Vaccination Hyderabad 1890-1903 - 1890-1903
Year: 1890
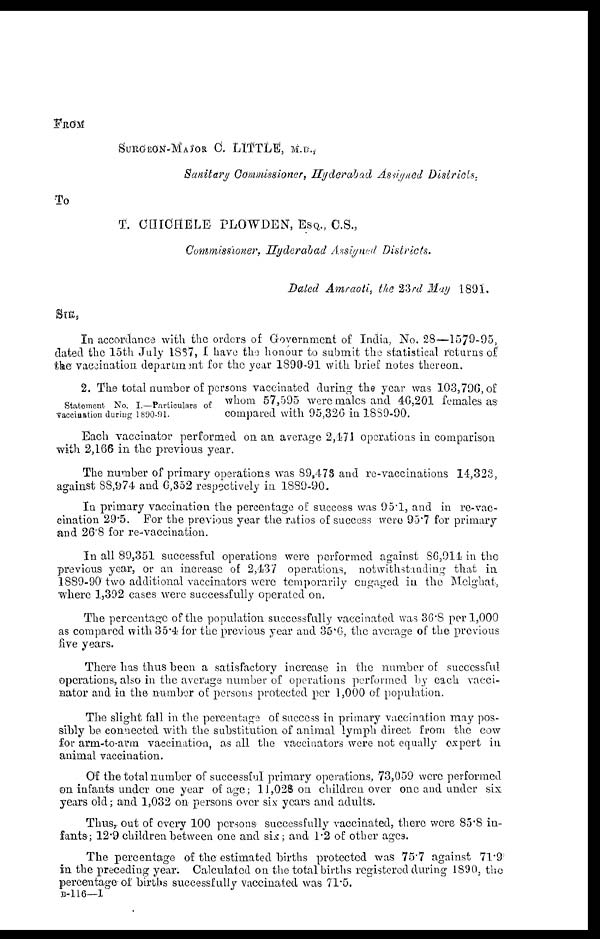
FROM
SURGEON-MAJOR C. LITTLE, M.D.,
Sanitary Commissioner, Hyderabad Assigned Districts,
To
T. CHICHELE PLOWDEN, ESQ., C.S.,
Commissioner, Hyderabad Assigned Districts.
Dated Amraoti, the23rd May 1891.
SIR,
In accordance with the orders of Government of India, No. 28—1579-95,
dated the 15th July 1887, I have the honour to submit the statistical returns of
the vaccination department for the year 1890-91 with brief notes thereon.
Statement No. I.—Particulars of
vaccination during 1890-91.
2. The total number of persons vaccinated during the year was 103,796, of
whom 57,595 were males and 46,201 females as
compared with 95,326 in 1889-90.
Each vaccinator performed on an average 2,471 operations in comparison
with 2,166 in the previous year.
The number of primary operations was 89,473 and re-vaccinations 14,323,
against 88,974 and 6,352 respectively in 1889-90.
In primary vaccination the percentage of success was 95.1, and in re-vac-
cination 29.5. For the previous year the ratios of success were 95.7 for primary
and 26.8 for re-vaccination.
In all 89,351 successful operations were performed against 86,914 in the
previous year, or an increase of 2,437 operations, notwithstanding that in
1889-90 two additional vaccinators were temporarily engaged in the Melghat,
where 1,392 cases were successfully operated on.
The percentage of the population successfully vaccinated was 36.8 per 1,000
as compared with35.4 for the previous year and 35.6, the average of the previous
five years.
There has thus been a satisfactory increase in the number of successful
operations, also in the average number of operations performed by each vacci-
nator and in the number of persons protected per 1,000 of population.
The slight fall in the percentage of success in primary vaccination may pos-
sibly be connected with the substitution of animal lymph direct from the cow
for arm-to-arm vaccination, as all the vaccinators were not equally expert in
animal vaccination.
Of the total number of successful primary operations, 73,059 were performed
on infants under one year of age; 11,028 on children over one and under six
years old; and 1,032 on persons over six years and adults.
Thus, out of every 100 persons successfully vaccinated, there were 85.8 in-
fants; 12.9 children between one and six; and 1.2 of other ages.
The percentage of the estimated births protected was 75.7 against 71.9
in the preceding year. Calculated on the total births registered during 1890, the
percentage of births successfully vaccinated was 71.5.
B-116—I